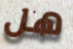
هل